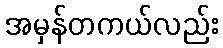
အမှန်တကယ်လည်း